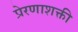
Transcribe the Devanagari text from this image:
प्रेरणाशक्ती